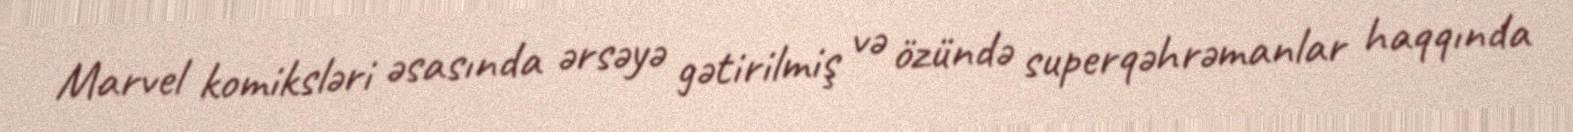
Marvel komiksləri əsasında ərsəyə gətirilmiş və özündə superqəhrəmanlar haqqında